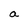
Character: a